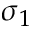
\sigma _ { 1 }